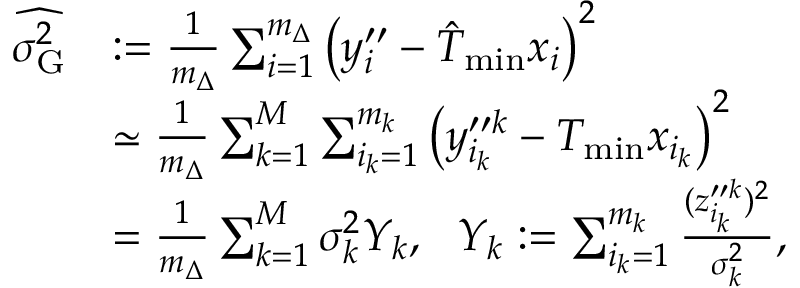
\begin{array} { r l } { \widehat { \sigma _ { \mathrm { G } } ^ { 2 } } } & { : = \frac { 1 } { m _ { \Delta } } \sum _ { i = 1 } ^ { m _ { \Delta } } \left( y _ { i } ^ { \prime \prime } - \hat { T } _ { \mathrm { m i n } } x _ { i } \right) ^ { 2 } } \\ & { \simeq \frac { 1 } { m _ { \Delta } } \sum _ { k = 1 } ^ { M } \sum _ { i _ { k } = 1 } ^ { m _ { k } } \left( y _ { i _ { k } } ^ { \prime \prime k } - T _ { \mathrm { m i n } } x _ { i _ { k } } \right) ^ { 2 } } \\ & { = \frac { 1 } { m _ { \Delta } } \sum _ { k = 1 } ^ { M } \sigma _ { k } ^ { 2 } Y _ { k } , ~ ~ Y _ { k } : = \sum _ { i _ { k } = 1 } ^ { m _ { k } } \frac { ( z _ { i _ { k } } ^ { \prime \prime k } ) ^ { 2 } } { \sigma _ { k } ^ { 2 } } , } \end{array}